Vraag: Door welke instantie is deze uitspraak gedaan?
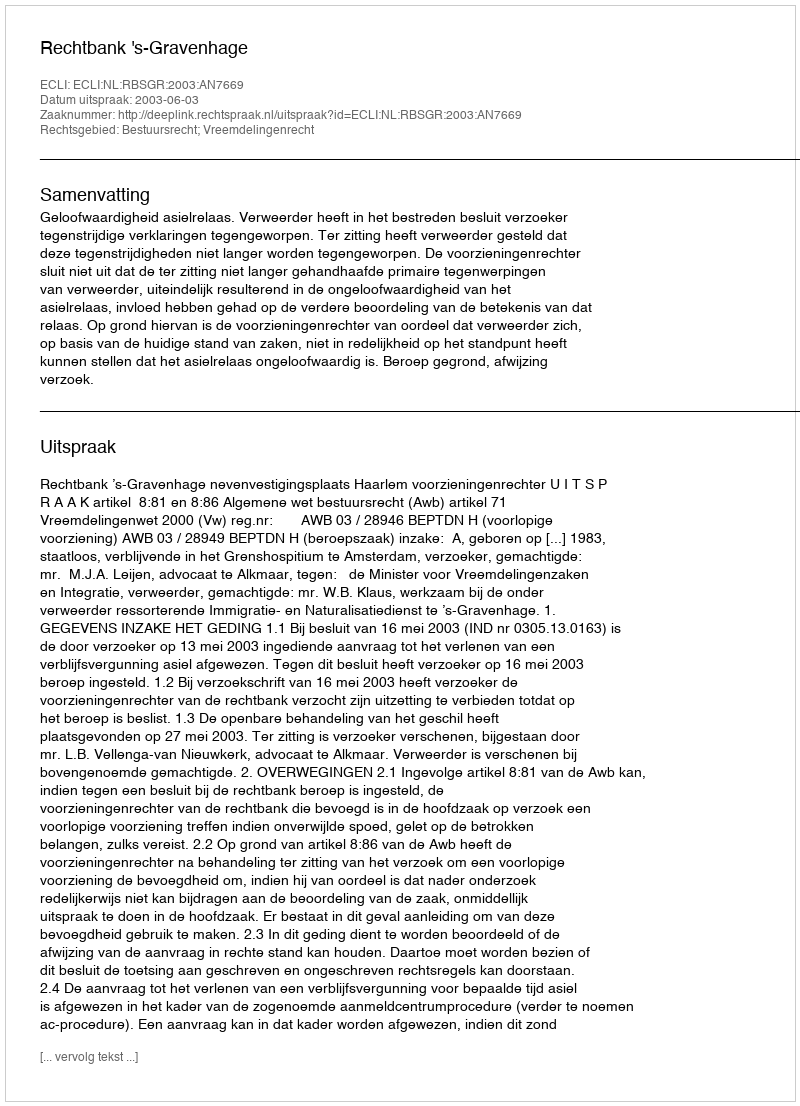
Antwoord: Rechtbank 's-Gravenhage